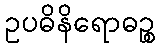
ဥပဓိနိရောဓဉ္စ